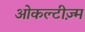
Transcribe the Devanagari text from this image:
ओकल्टीज़्म